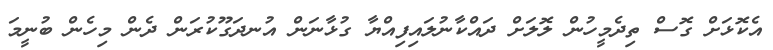
އެކޮޅަށް ގޮސް ތިދެމީހުން ލޮލަށް ދައްކާނުލައިފިއްޔާ ގުޅާނަން އުނދަގޫކުރަން ދެން މިހެން ބުނީމަ